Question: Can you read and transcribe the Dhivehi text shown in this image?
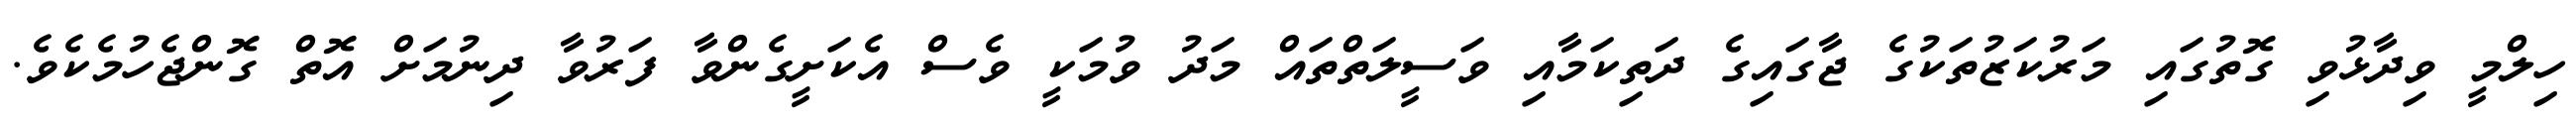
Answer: ހިލްމީ ވިދާޅުވި ގޮތުގައި މަރުކަޒުތަކުގެ ޖާގައިގެ ދަތިކަމާއި ވަސީލަތްތައް މަދު ވުމަކީ ވެސް އެކަށީގެންވާ ފަރުވާ ދިނުމަށް އޮތް ގޮންޖެހުމެކެވެ.